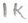
Text: 1K